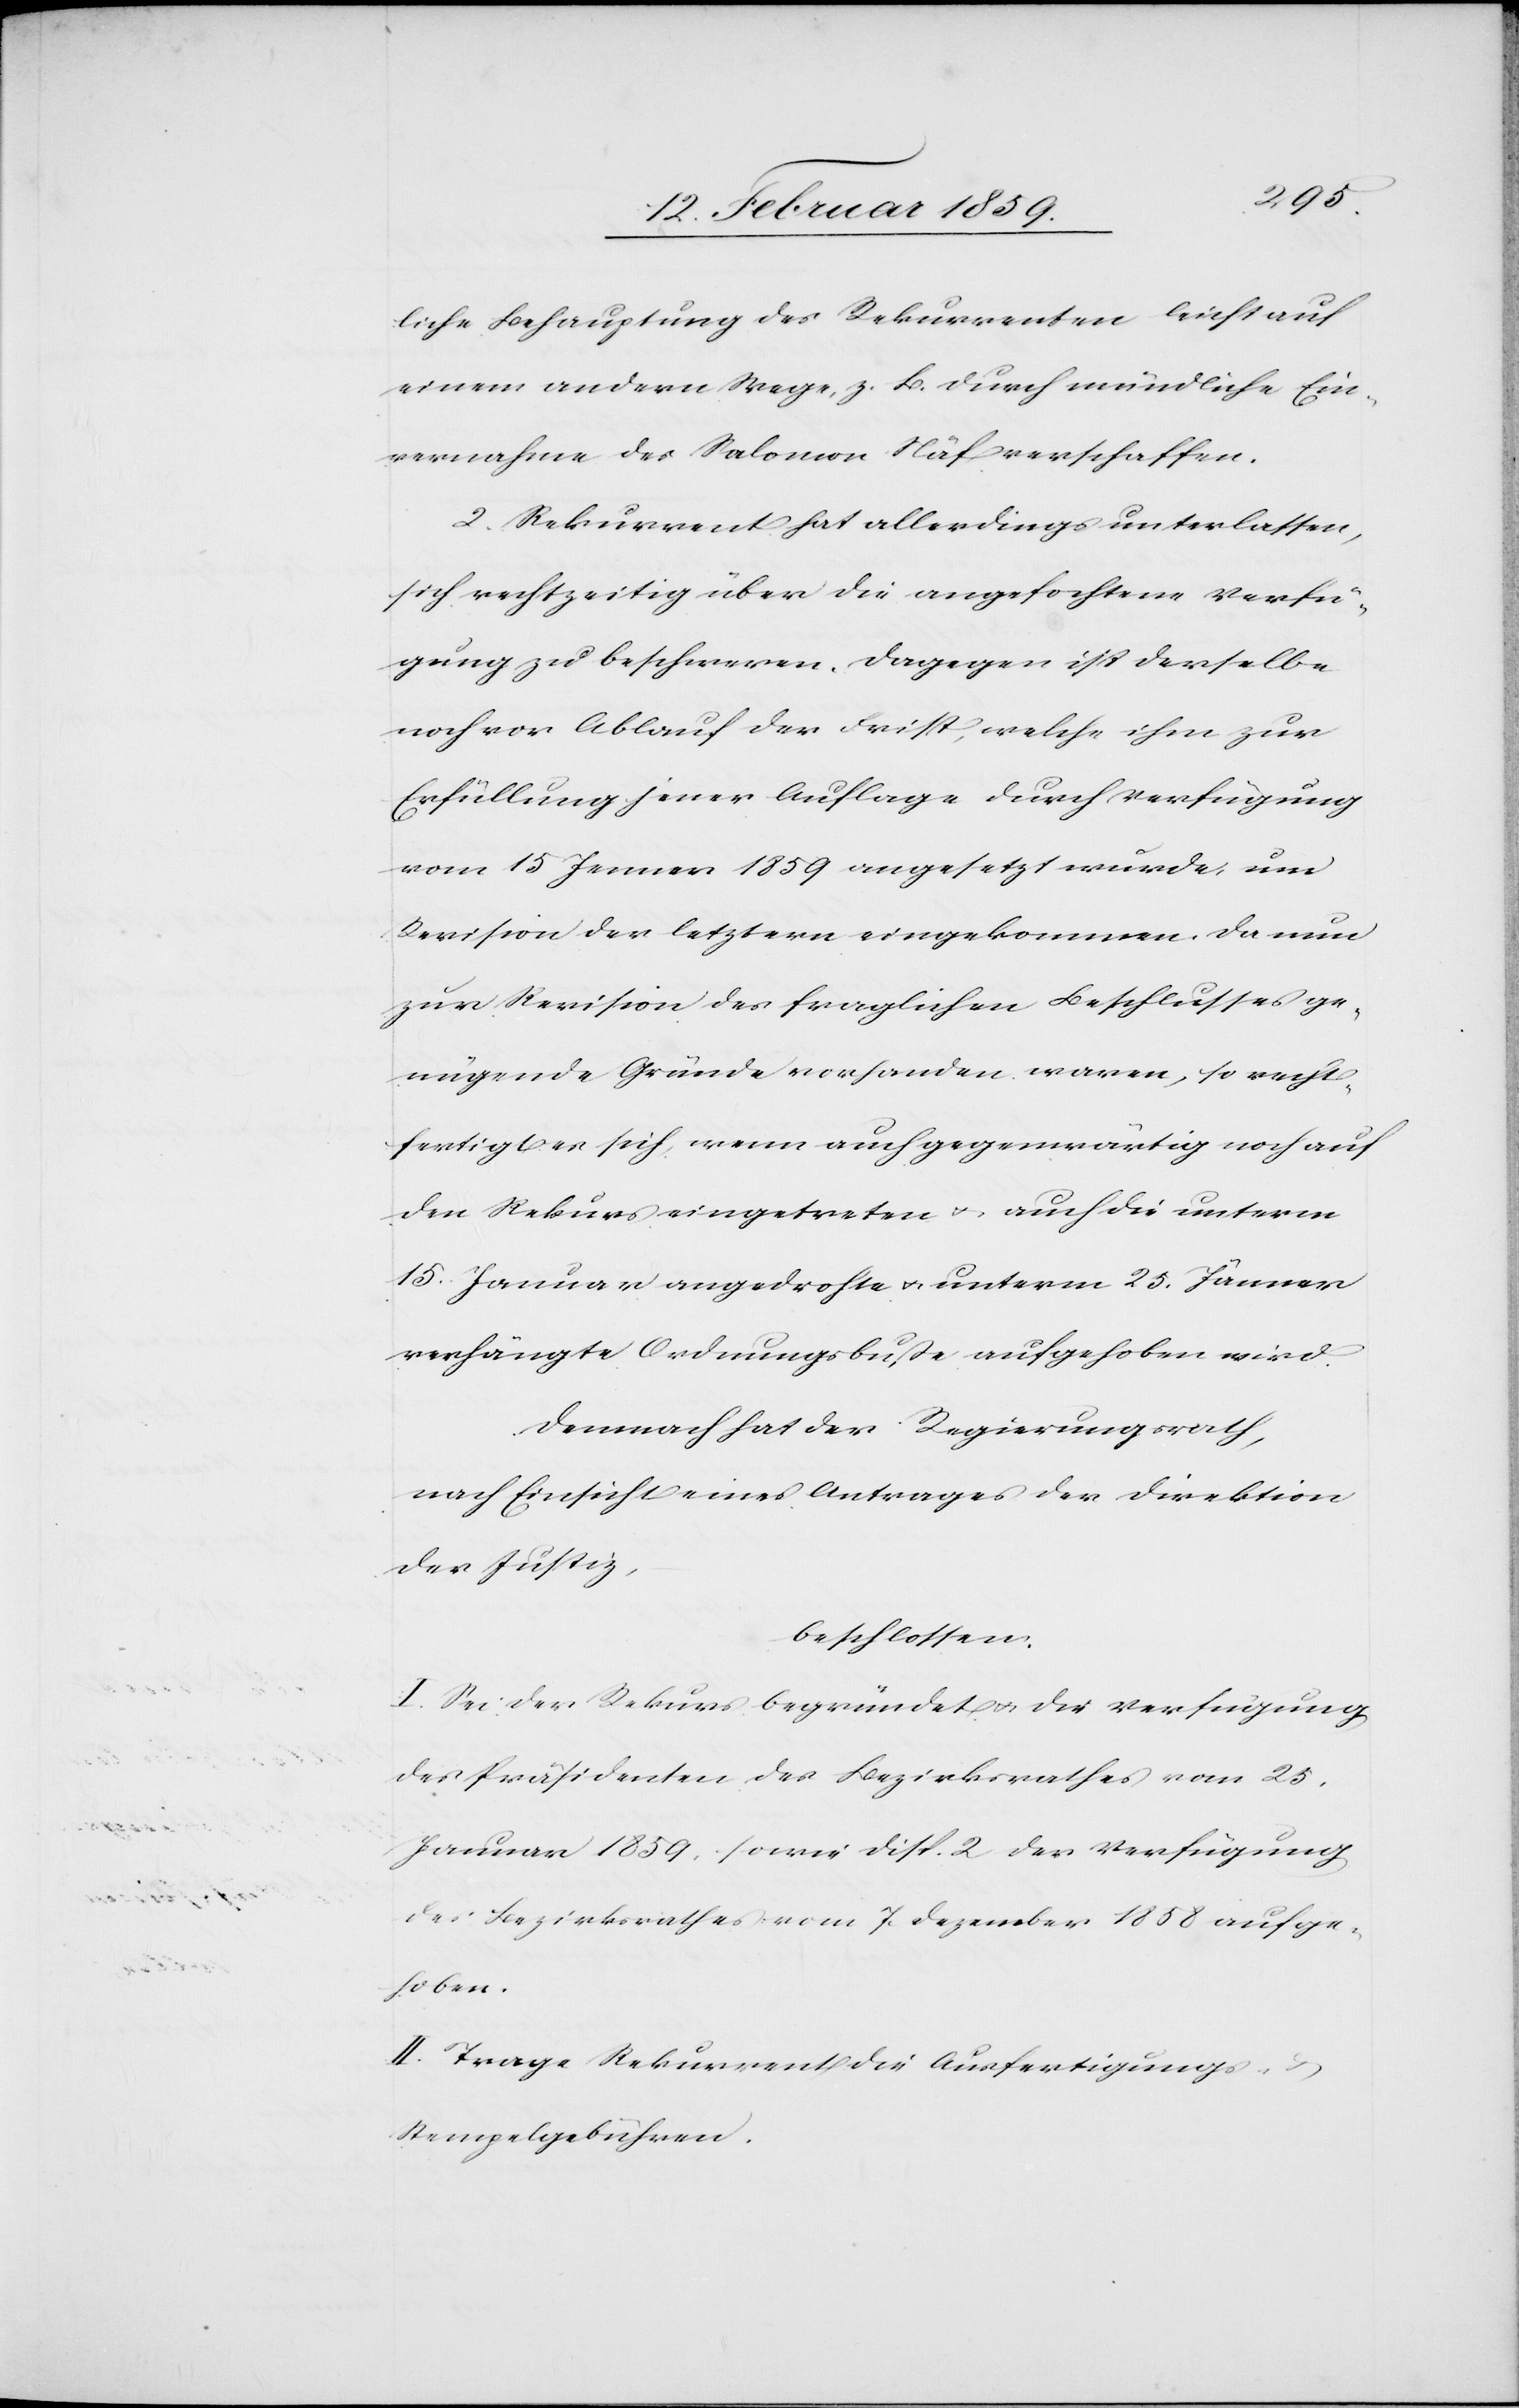
liche Behauptung des Rekurrenten leicht auf
einem andern Wege, z.B. durch mündliche Ein¬
vernahme des Salomon Näf verschaffen.
2, Rekurrent hat allerdings unterlassen,
sich rechtzeitig über die angefochtene Verfü¬
gung zu beschweren. Dagegen ist derselbe
noch vor Ablauf der Frist, welche ihm zur
Erfüllung jener Auflage durch Verfügung
vom 15 Januar 1859 angesetzt wurde, um
Revision der letztern eingekommen. Da nun
zur Revision des fraglichen Beschlusses ge¬
nügende Gründe vorhanden waren, so recht¬
fertigt er sich, wenn auch gegenwärtig noch auf
den Rekurs eingetreten u. auch die unterm
15. Januar angedrohte u. unterm 25. Jänner
verhängte Ordnungsbuße aufgehoben wird.
Demnach hat der Regierungsrath,
nach Einsicht eines Antrages der Direktion
der Justiz,
beschossen:
I. Sei der Rekurs begründet u. die Verfügung
des Präsidenten des Bezirksrathes vom 25.
Januar 1859, sowie Disp. 2 der Verfügung
des Bezirksrathes vom 7. Dezember 1858 aufge¬
hoben.
II. Trage Rekurrent die Ausfertigungs-
Stempelgebühren.